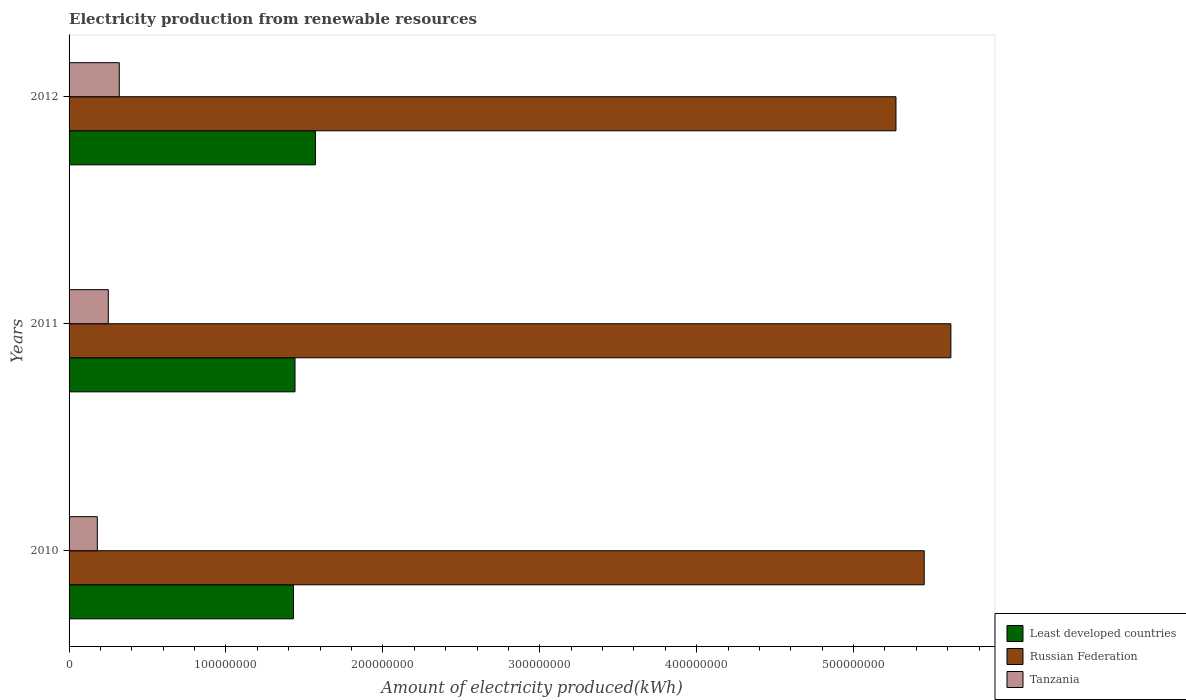
| Years | Least developed countries | Russian Federation | Tanzania |
 | --- | --- | --- | --- |
 | 2010 | 1.43e+08 | 5.45e+08 | 1.8e+07 |
 | 2011 | 1.44e+08 | 5.62e+08 | 2.5e+07 |
 | 2012 | 1.57e+08 | 5.27e+08 | 3.2e+07 |